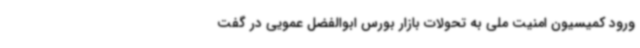
ورود کمیسیون امنیت ملی به تحولات بازار بورس ابوالفضل عمویی در گفت